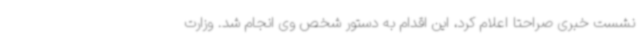
نشست خبری صراحتا اعلام کرد، این اقدام به دستور شخص وی انجام شد. وزارت